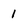
Character: 1